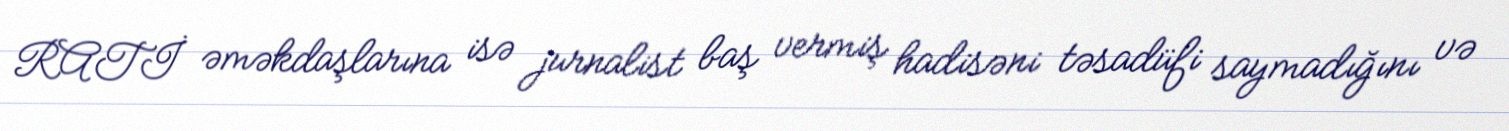
RATİ əməkdaşlarına isə jurnalist baş vermiş hadisəni təsadüfi saymadığını və